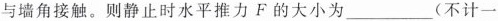
与墙角接触。则静止时水平推力F的大小为___(不计一